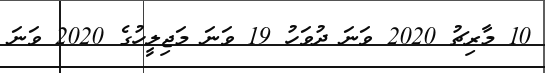
10 މާރިޗު 2020 ވަނަ ދުވަހު 19 ވަނަ މަޖިލީހުގެ 2020 ވަނަ